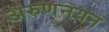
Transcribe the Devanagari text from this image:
अरुणनयन